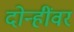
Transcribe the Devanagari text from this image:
दोन्हींवर